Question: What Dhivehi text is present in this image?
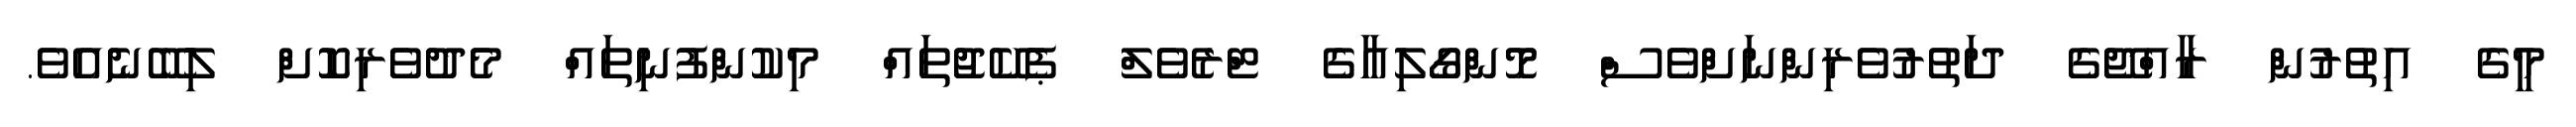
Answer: މީގެ އިތުރުން ރާއްޖޭގެ ދަތުރުވެރިންނަށްވެސް މޮންގޯލިއާގެ ޓްރެވެލް ޕެކޭޖުތައް މިކުންފުނިތައް މެދުވެރިކޮށް ލިބޭނެއެވެ.